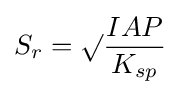
S_{r}=\surd {\frac {IAP}{K_{sp}}}